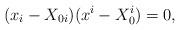
LaTeX: \begin{align*}(x_i - X_{0i}) (x^i - X_{0}^i) = 0, \end{align*}